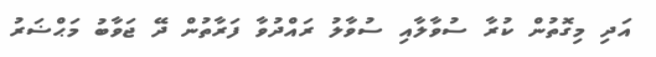
އަދި މިގޮތުން ކުރާ ސުވާލާއި ސުވާލު ރައްދުވާ ފަރާތުން ދޭ ޖަވާބު މަޙްޟަރު